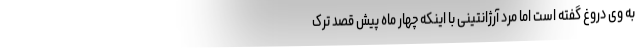
به وی دروغ گفته است اما مرد آرژانتینی با اینکه چهار ماه پیش قصد ترک